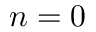
n = 0